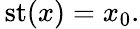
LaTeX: \, \mathrm{st}(x)=x_{0}.